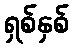
ရှစ်နှစ်